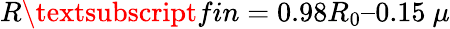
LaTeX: R\textsubscript{fin}=0.98R_{0}–0.15~\mu